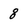
Character: 8